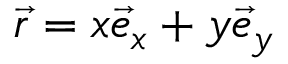
\vec { r } = x \vec { e } _ { x } + y \vec { e } _ { y }